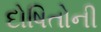
દોષિતોની